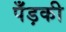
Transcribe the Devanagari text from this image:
पँड़की